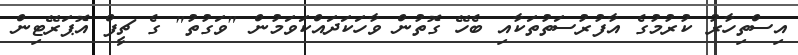
އިސްތިހާރު ކުރުމުގެ އާފުރުސަތުތަކާއި ބެހޭ ގޮތުން ވާހަކަދައްކަވަމުން "ވަގުތު" ގެ ޗީފް އޮޕަރޭޓިން